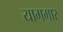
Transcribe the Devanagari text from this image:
यागगार